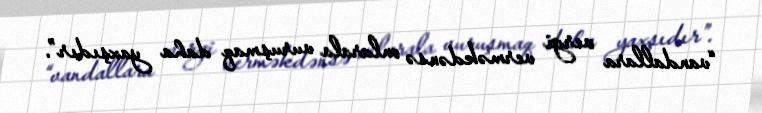
“vandallara vergi verməkdənsə onlarala vuruşmaq daha yaxşıdır”.